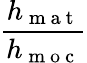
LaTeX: \frac{h_{\mathrm{~m~a~t~}}}{h_{\mathrm{~m~o~c~}}}